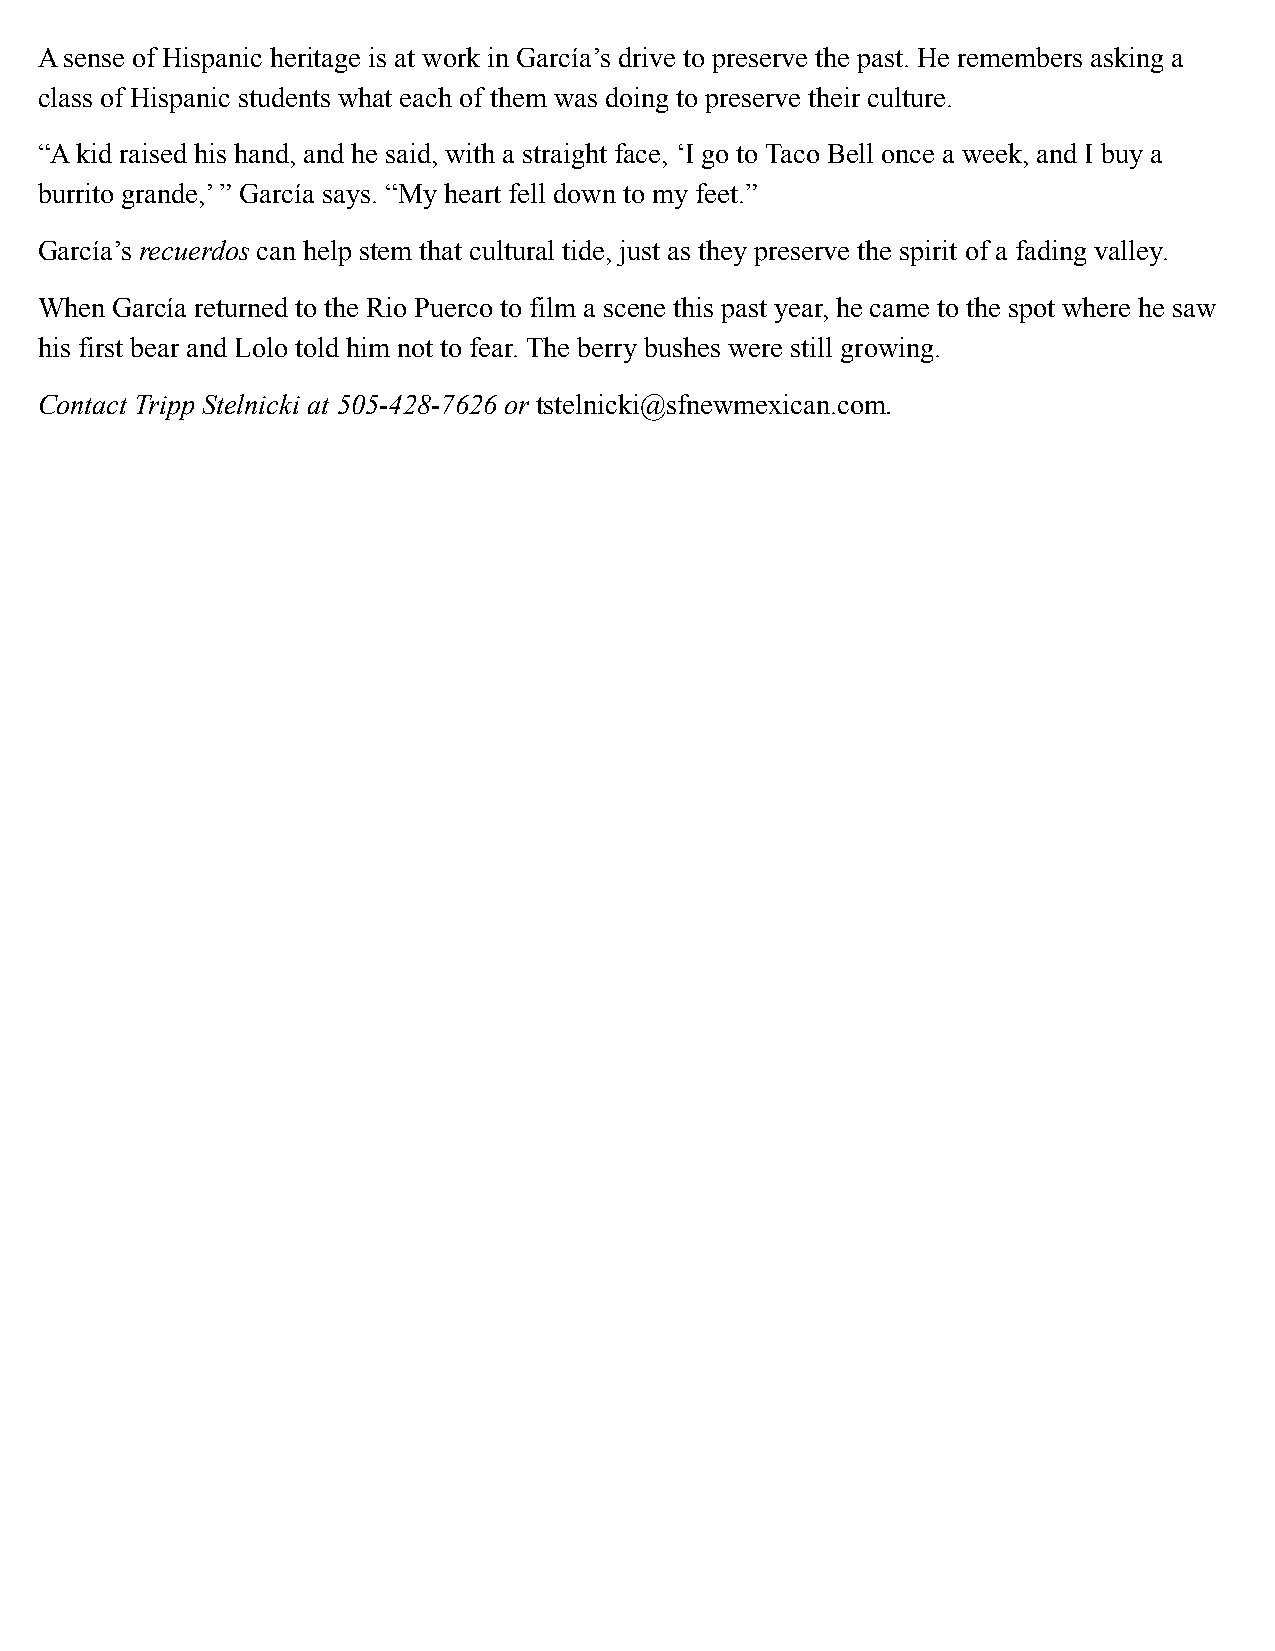
A sense of Hispanic heritage is at work in García’s drive to preserve the past. He remembers asking a
 class of Hispanic students what each of them was doing to preserve their culture.
 “A kid raised his hand, and he said, with a straight face, ‘I go to Taco Bell once a week, and I buy a
 burrito grande,’ ” García says. “My heart fell down to my feet.”
 García’s recuerdos can help stem that cultural tide, just as they preserve the spirit of a fading valley.
 When García returned to the Rio Puerco to film a scene this past year, he came to the spot where he saw
 his first bear and Lolo told him not to fear. The berry bushes were still growing.
 Contact Tripp Stelnicki at 505-428-7626 or tstelnicki@sfnewmexican.com.